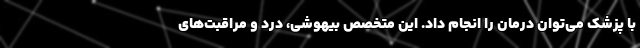
با پزشک می‌توان درمان را انجام داد. این متخصص بیهوشی، درد و مراقبت‌های